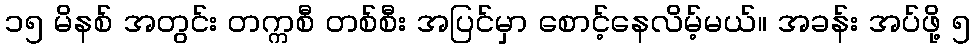
၁၅ မိနစ် အတွင်း တက္ကစီ တစ်စီး အပြင်မှာ စောင့်နေလိမ့်မယ်။ အခန်း အပ်ဖို့ ၅